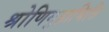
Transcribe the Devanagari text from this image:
श्रोणिगुहाभित्ति